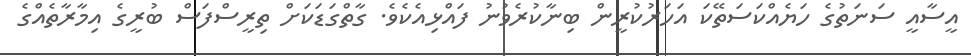
އީސާއީ ސަނަތުގެ ހަޔެއްކަސަތޭކަ އަހަރުކުރީން ބިނާކުރެވުނު ފައްޅިއެކެވެ. ގާތްގަޑަކަށް ތިރީސްފަސް ބުރީގެ އިމާރާތެއްގެ